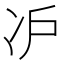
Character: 𰃸